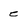
Character: e